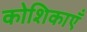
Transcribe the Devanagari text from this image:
कोशिकाऍं